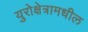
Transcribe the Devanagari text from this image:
युरोक्षेत्रामधील